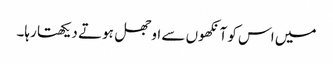
میں اس کو آنکھوں سے اوجھل ہوتے دیکھتا رہا۔